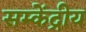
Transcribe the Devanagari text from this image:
सम्केंद्रीय